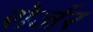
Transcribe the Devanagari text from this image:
रोर्जर